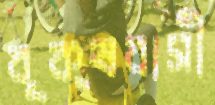
বৃক্ষবাসী